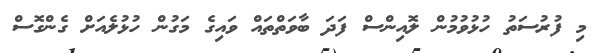
މި ފުރުސަތު ހުޅުވުމުން ލޮއިންސް ފަދަ ބާވަތްތައް ވައިގެ މަގުން ހުޅުލެއަށް ގެންގޮސް